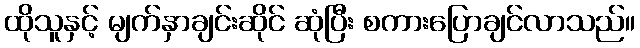
ထိုသူနှင့် မျက်နှာချင်းဆိုင် ဆုံပြီး စကားပြောချင်လာသည်။